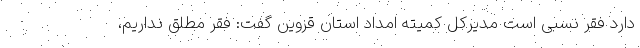
دارد فقر نسبی است مدیرکل کمیته امداد استان قزوین گفت: فقر مطلق نداریم،